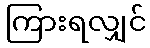
ကြားရလျှင်